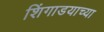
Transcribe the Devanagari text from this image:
शिंगाडयाच्या